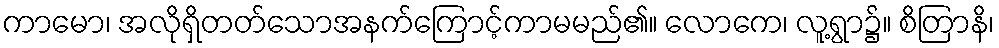
ကာမော၊ အလိုရှိတတ်သောအနက်ကြောင့်ကာမမည်၏။ လောကေ၊ လူ့ရွာ၌။ စိတြာနိ၊